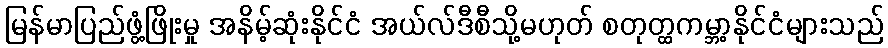
မြန်မာပြည်ဖွံ့ဖြိုးမှု အနိမ့်ဆုံးနိုင်ငံ အယ်လ်ဒီစီသို့မဟုတ် စတုတ္ထကမ္ဘာ့နိုင်ငံများသည်